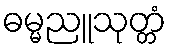
ဓမ္မညူသုတ္တံ